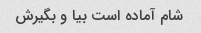
شام آماده است بیا و بگیرش